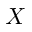
X